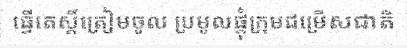
ធ្វើតេស្តិ៍ត្រៀមចូល ប្រមូលផ្តុំក្រុមជម្រើសជាតិ